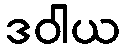
ဒဝါယ